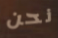
نحن